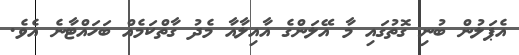
އެޕަލުން ބުނި ގޮތުގައި މާ އޭލަންގެ އާއިލާއާ މެދު ގާތްކަމެއް ބަހައްޓާނެ އެވެ.